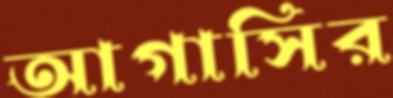
আগাসির